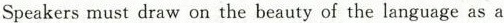
Speakers must draw on the beauty of the language as a